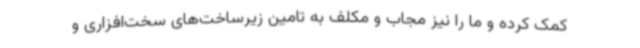
کمک کرده و ما را نیز مجاب و مکلف به تامین زیرساخت‌های سخت‌افزاری و